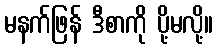
မနက်ဖြန် ဒီစာကို ပို့မလို့။